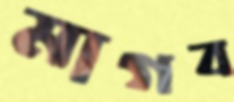
মাগব